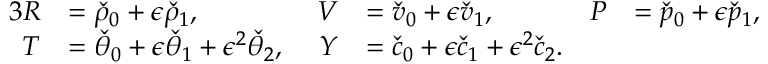
\begin{array} { r l r l r l } { { 3 } R } & { = \check { \rho } _ { 0 } + \epsilon \check { \rho } _ { 1 } , } & { V } & { = \check { v } _ { 0 } + \epsilon \check { v } _ { 1 } , \; } & { P } & { = \check { p } _ { 0 } + \epsilon \check { p } _ { 1 } , } \\ { T } & { = \check { \theta } _ { 0 } + \epsilon \check { \theta } _ { 1 } + \epsilon ^ { 2 } \check { \theta } _ { 2 } , \; } & { Y } & { = \check { c } _ { 0 } + \epsilon \check { c } _ { 1 } + \epsilon ^ { 2 } \check { c } _ { 2 } . } & & { } \end{array}